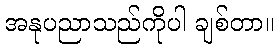
အနုပညာသည်ကိုပါ ချစ်တာ။